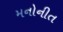
મનોનીત